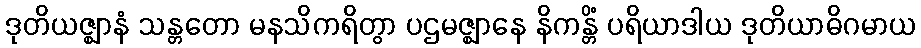
ဒုတိယဇ္ဈာနံ သန္တတော မနသိကရိတွာ ပဌမဇ္ဈာနေ နိကန္တိံ ပရိယာဒါယ ဒုတိယာဓိဂမာယ